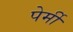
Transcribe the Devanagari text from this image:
पेर्मी